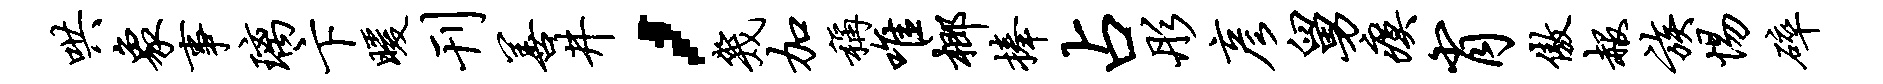
哄象事璃卞暖刊善井，几加称唯榔捧占彤彦舅瘼肖傲赧族惕碎